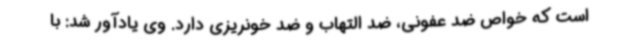
است که خواص ضد عفونی، ضد التهاب و ضد خونریزی دارد. وی یادآور شد: با